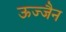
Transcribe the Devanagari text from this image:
ऊज्जैन